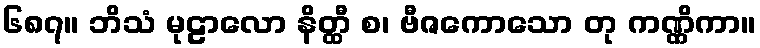
၆၈၇။ ဘိသံ မုဠာလော နိတ္ထီ စ၊ ဗီဇကောသော တု ကဏ္ဏိကာ။